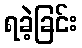
ရခဲ့ခြင်း